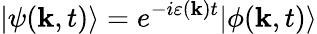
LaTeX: |\psi(\mathbf{k},t)\rangle=e^{-i\varepsilon(\mathbf{k})t}|\phi(\mathbf{k},t)\rangle